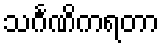
သင်္ဂဏိကရတာ